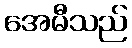
အေမီသည်